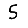
Digit: 5